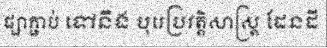
ផ្សាភ្ជាប់ ទៅនឹង បុរេប្រវត្តិសាស្ត្រ ដែនដី